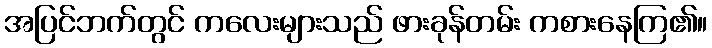
အပြင်ဘက်တွင် ကလေးများသည် ဖားခုန်တမ်း ကစားနေကြ၏။